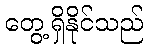
တွေ့ရှိနိုင်သည်